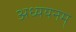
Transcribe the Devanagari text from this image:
अध्ययनम्